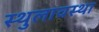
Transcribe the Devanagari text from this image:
स्थुलावस्था